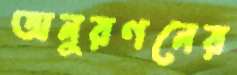
অনুরণনের